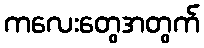
ကလေးတွေအတွက်